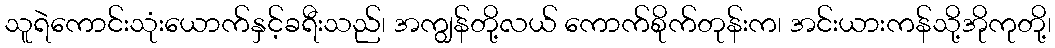
သူရဲကောင်းသုံးယောက်နှင့်ခရီးသည်၊ အကျွန်တို့လယ် ကောက်စိုက်တုန်းက၊ အင်းယားကန်သို့အိုကုတို့၊